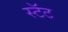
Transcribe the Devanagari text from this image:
स्टॅट